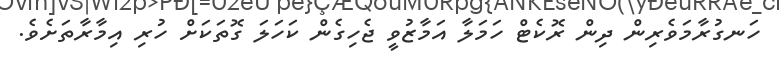
ހަނގުރާމަވެރިން ދިން ރޮކެޓް ހަމަލާ އަމާޒުވީ ޖެހިގެން ކަހަލަ ގޮތަކަށް ހުރި އިމާރާތަށެވެ.